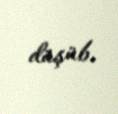
düşüb.